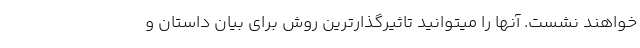
خواهند نشست. آنها را میتوانید تاثیرگذارترین روش برای بیان داستان و